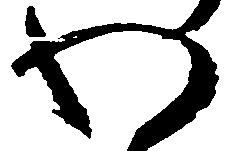
わ